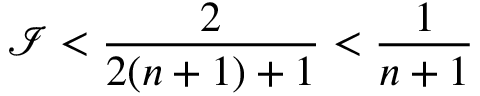
\mathcal { I } < \frac { 2 } { 2 ( n + 1 ) + 1 } < \frac { 1 } { n + 1 }